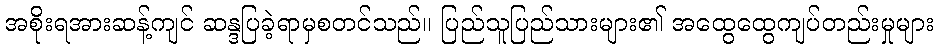
အစိုးရအားဆန့်ကျင် ဆန္ဒပြခဲ့ရာမှစတင်သည်။ ပြည်သူပြည်သားများ၏ အထွေထွေကျပ်တည်းမှုများ